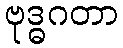
ဗုဒ္ဓဂတာ